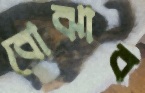
বোঝাব